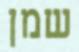
שמן